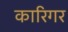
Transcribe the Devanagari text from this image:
कारिगर